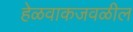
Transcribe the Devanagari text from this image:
हेळवाकजवळील